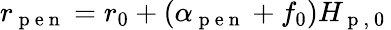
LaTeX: r_{\mathrm{~p~e~n~}}=r_{0}+(\alpha_{\mathrm{~p~e~n~}}+f_{0})H_{\mathrm{~p~,~0~}}